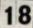
18